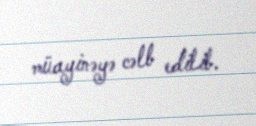
müayinəyə cəlb edilib.